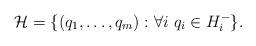
LaTeX: \begin{align*}\mathcal H = \{(q_1, \ldots, q_m) : \forall i\ q_i\in H^-_i\}.\end{align*}